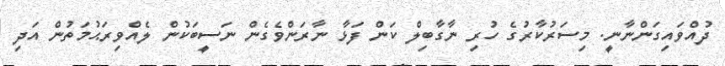
ދުއްވައިގަންނާނީ. މިސަރުކާރުގެ ހުރި ނާގާބިލް ކަން ފަޅާ ނާރަންވެގެން ނަސީބަކުން ލެއްވިރަޙުމަތުން އަދި